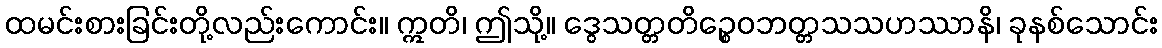
ထမင်းစားခြင်းတို့လည်းကောင်း။ ဣတိ၊ ဤသို့။ ဒွေသတ္တတိဉ္စေဝဘတ္တသသဟဿာနိ၊ ခုနစ်သောင်း